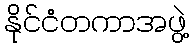
နိုင်ငံတကာအဖွဲ့